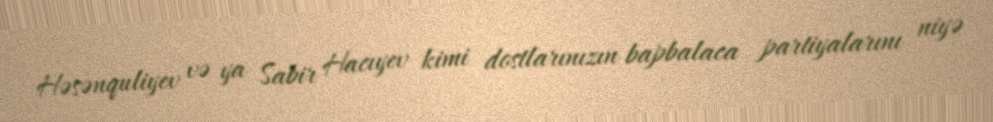
Həsənquliyev və ya Sabir Hacıyev kimi dostlarınızın bapbalaca partiyalarını niyə